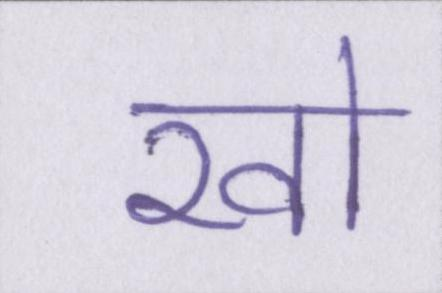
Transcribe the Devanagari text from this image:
खो